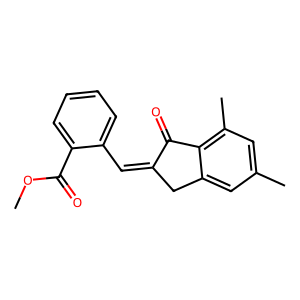
SMILES: COC(=O)c1ccccc1C=C1Cc2cc(C)cc(C)c2C1=O
Inhibits HIV replication: No